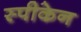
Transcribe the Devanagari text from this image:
स्पीकेन